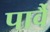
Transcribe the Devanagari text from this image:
पार्वै